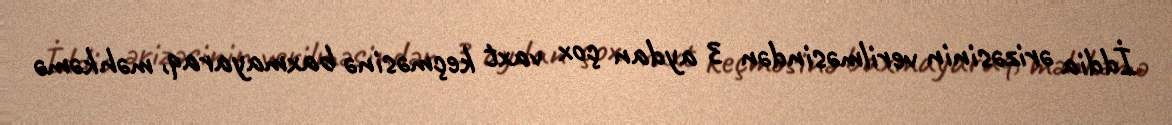
İddia ərizəsinin verilməsindən 3 aydan çox vaxt keçməsinə baxmayaraq, məhkəmə